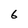
Character: 6